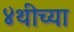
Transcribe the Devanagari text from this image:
४थीच्या